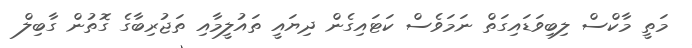
މަތީ މާކްސް ލިބިވަޑައިގަތް ނަމަވެސް ކަޓައިގެން ދިޔައީ ތައުލީމާއި ތަޖުރިބާގެ ގޮތުން ގާބިލް